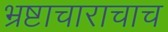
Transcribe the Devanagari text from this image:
भ्रष्टाचाराचाच